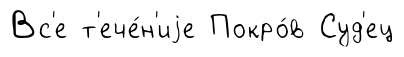
Вс'е т'ече́н'иjе Покро́в Суд'ец